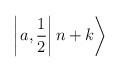
LaTeX: \begin{align*}\left| \left. a,\frac{1}{2}\right| n+k\right\rangle\end{align*}